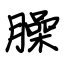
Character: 臊